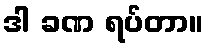
ဒါ ခဏ ရပ်တာ။